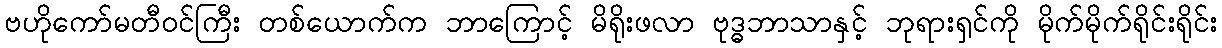
ဗဟိုကော်မတီဝင်ကြီး တစ်ယောက်က ဘာကြောင့် မိရိုးဖလာ ဗုဒ္ဓဘာသာနှင့် ဘုရားရှင်ကို မိုက်မိုက်ရိုင်းရိုင်း